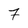
Character: 7